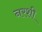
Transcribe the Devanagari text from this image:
नरशी